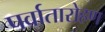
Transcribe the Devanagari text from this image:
पर्वातारोहण